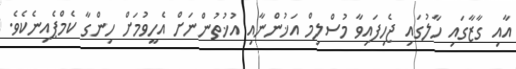
އާއި ގާޒާގައި ހާލުގައި ޖެހިފައިވާ މުސްލިމް އަޚުންނާއި އުޚުތުންނަށް އެހީވުމަށް ހިންގާ ކެމްޕެއިނެކެވެ.